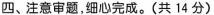
四、注意审题，细心完成。(共14分)